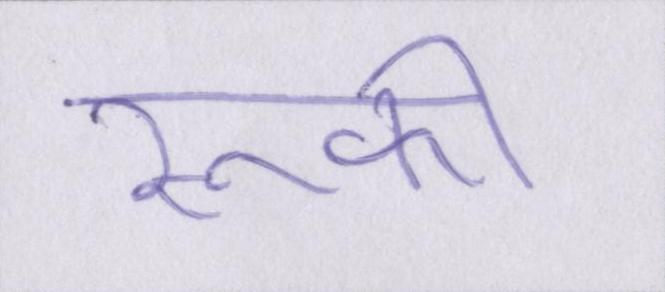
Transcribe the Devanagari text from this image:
रूकी